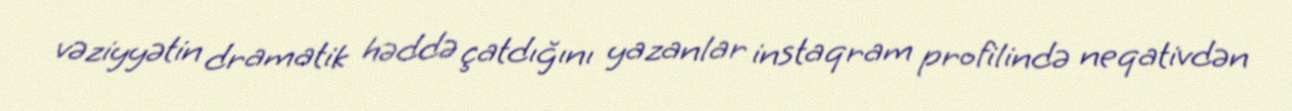
vəziyyətin dramatik həddə çatdığını yazanlar instaqram profilində neqativdən